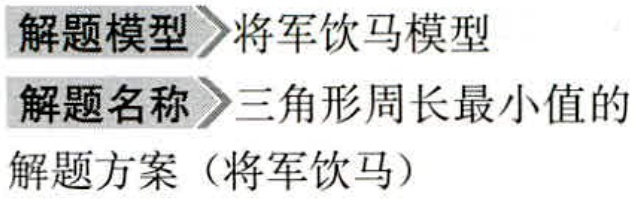
解题模型 \(\rhd\) 将军饮马模型

解题名称 \(\rhd\) 三角形周长最小值的

解题方案（将军饮马）